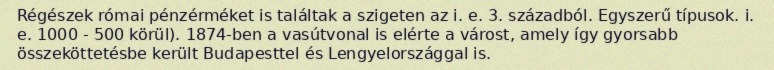
Régészek római pénzérméket is találtak a szigeten az i. e. 3. századból. Egyszerű típusok. i. e. 1000 - 500 körül). 1874-ben a vasútvonal is elérte a várost, amely így gyorsabb összeköttetésbe került Budapesttel és Lengyelországgal is.